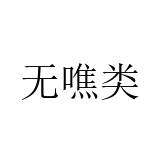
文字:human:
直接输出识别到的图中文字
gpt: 无噍类